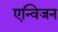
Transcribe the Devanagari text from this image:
एन्विजन